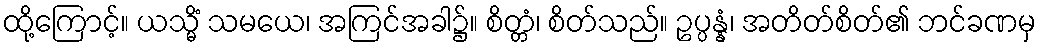
ထို့ကြောင့်။ ယသ္မိံ သမယေ၊ အကြင်အခါ၌။ စိတ္တံ၊ စိတ်သည်။ ဥပ္ပန္နံ၊ အတိတ်စိတ်၏ ဘင်ခဏမှ